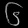
Digit: ၆